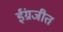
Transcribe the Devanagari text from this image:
ईंग्रजीत